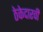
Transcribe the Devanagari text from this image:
ठेकेदारची